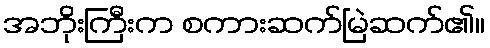
အဘိုးကြီးက စကားဆက်မြဲဆက်၏။